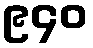
၉၄၀